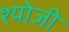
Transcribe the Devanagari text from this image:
श्योजी